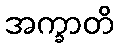
အက္ခာတိ